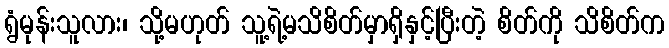
ရွံမုန်းသူလား၊ သို့မဟုတ် သူ့ရဲ့မသိစိတ်မှာရှိနှင့်ပြီးတဲ့ စိတ်ကို သိစိတ်က